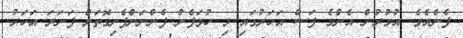
ފެނެއެވެ. އުމުރުން އެންމެ ފަސް އަހަރުގައި މި ހުވަފެން ފެންނަންފެށިގޮތަށް ފަނަރަ އަހަރު